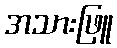
အသားဖြူ